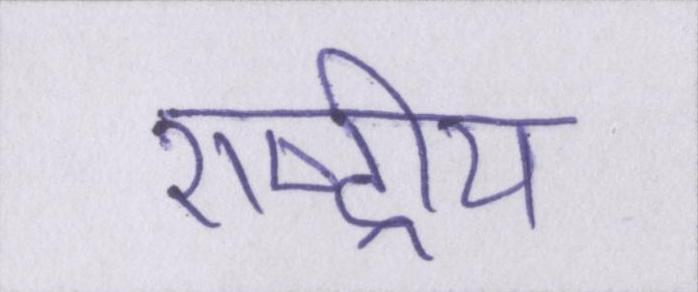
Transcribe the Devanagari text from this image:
राष्ट्रीय